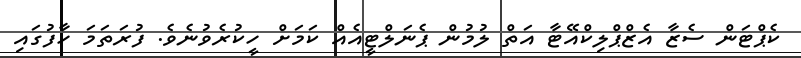
ކެޕްޓަން ސެޒާ އެޒްޕްލިކްއޭޓާ އަތް ލުމުން ޕެނަލްޓީއެއް ކަމަށް ހީކުރެވުނެވެ. ފުރަތަމަ ހާފުގައި